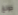
جونغ